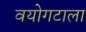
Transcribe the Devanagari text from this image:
वयोगटाला